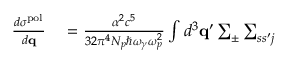
\begin{array} { r l } { \frac { d \sigma ^ { \mathrm { p o l } } } { d { \bf q } } } & { { } = \frac { \alpha ^ { 2 } c ^ { 5 } } { 3 2 \pi ^ { 4 } N _ { p } \hbar \omega _ { \gamma } \omega _ { p } ^ { 2 } } \int d ^ { 3 } { \bf q } ^ { \prime } \sum _ { \pm } \sum _ { s s ^ { \prime } j } } \end{array}